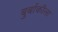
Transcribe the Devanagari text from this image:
बुर्बाकीला